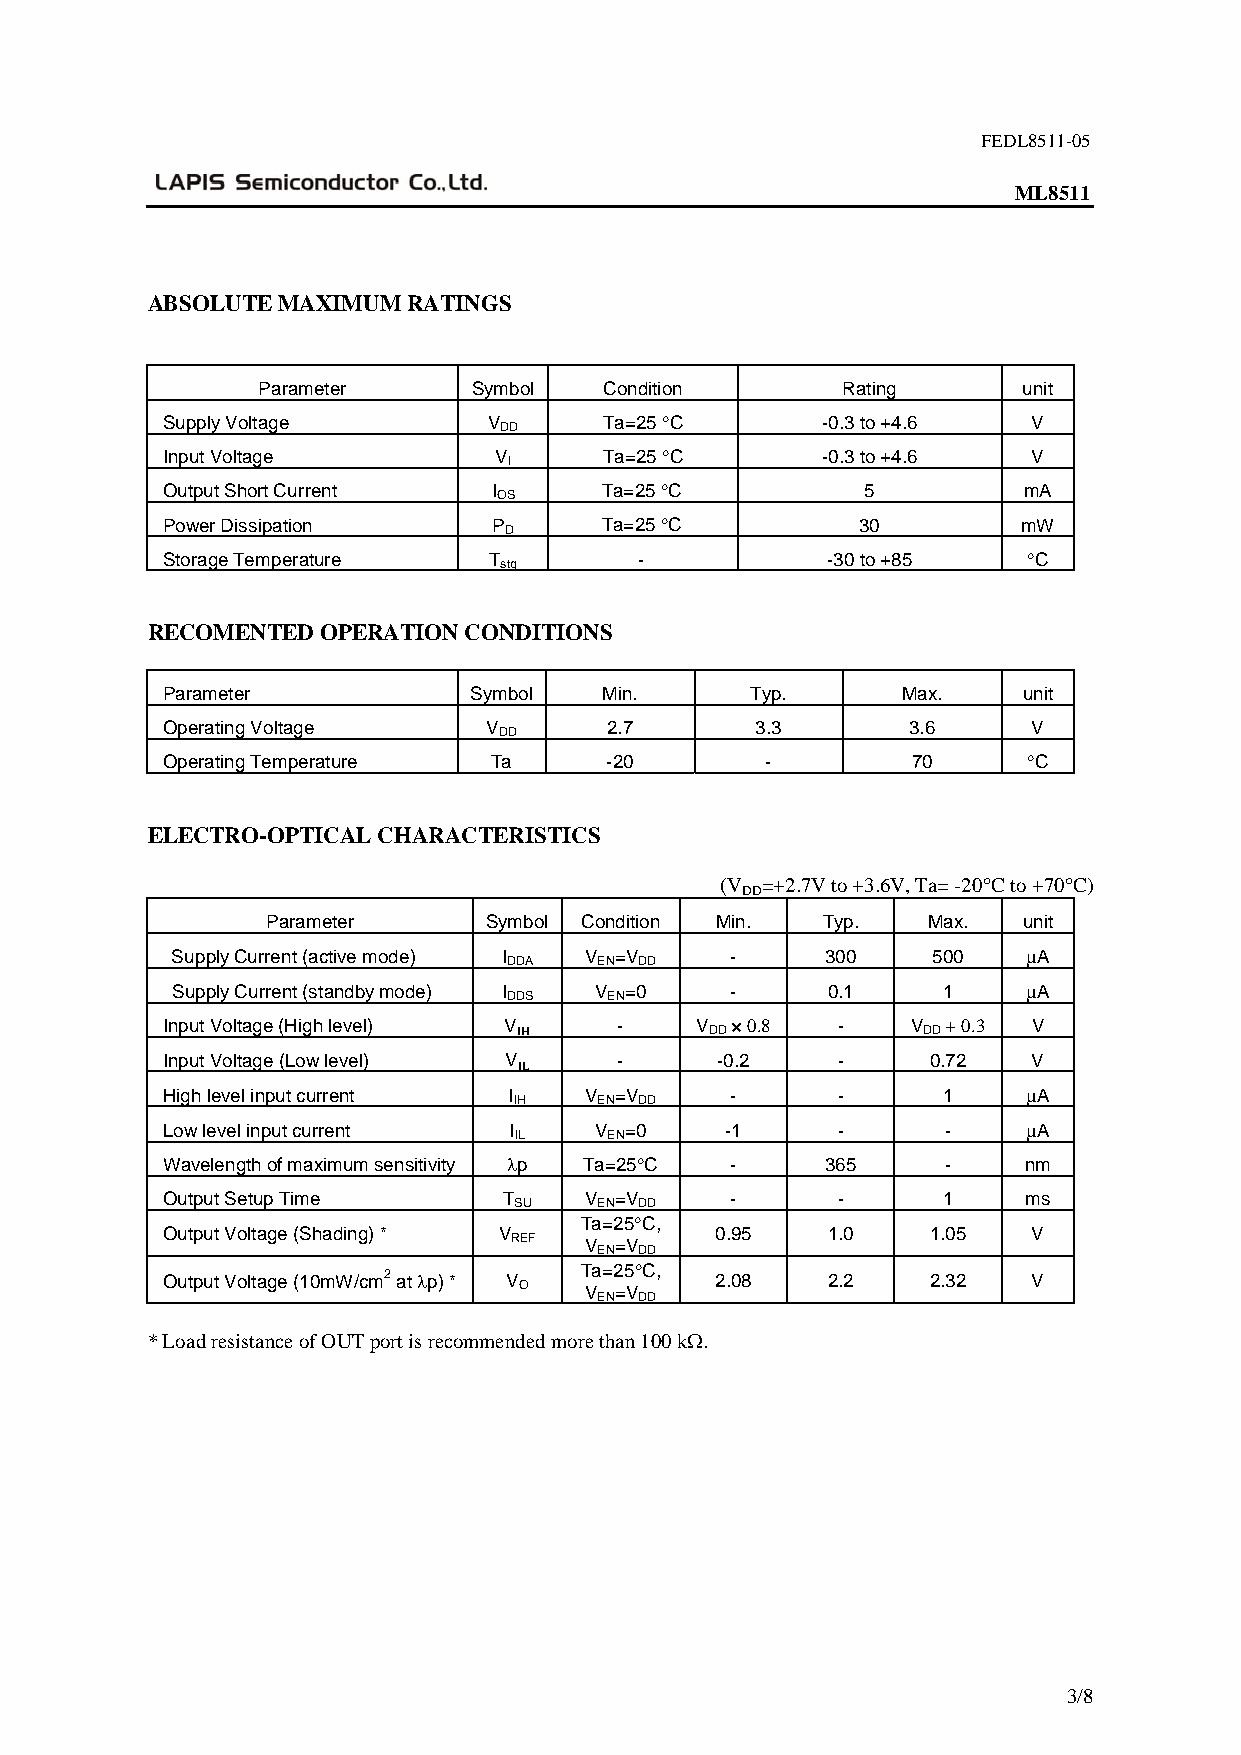
FEDL8511-05
 ML8511
 ABSOLUTE MAXIMUM RATINGS
 Parameter     Symbol   Condition       Rating      unit
 Supply Voltage       V       Ta=25 C      -0.3 to +4.6  V
 DD
 Input Voltage         V      Ta=25 C      -0.3 to +4.6  V
 I
 Output Short Current  I      Ta=25 C         5          mA
 OS
 Power Dissipation     P      Ta=25 C         30         mW
 D
 Storage Temperature  T         -            -30 to +85   C
 stg
 RECOMENTED OPERATION CONDITIONS
 Parameter           Symbol   Min.      Typ.      Max.    unit
 Operating Voltage    V       2.7       3.3       3.6     V
 DD
 Operating Temperature Ta     -20        -        70      C
 ELECTRO-OPTICAL CHARACTERISTICS
 (V =+2.7V to +3.6V, Ta= -20C to +70C)
 DD
 Parameter     Symbol Condition Min. Typ.   Max.   unit
 Supply Current (active mode) I V =V  -      300    500   A
 DDA   EN DD
 Supply Current (standby mode) I V =0 -      0.1    1     A
 DDS   EN
 Input Voltage (High level) V  -    V × 0.8  -    V  + 0.3 V
 IH           DD            DD
 Input Voltage (Low level) V   -     -0.2    -      0.72  V
 IL
 High level input current I V  =V     -      -      1     A
 IH    EN DD
 Low level input current I V   =0     -1     -       -    A
 IL    EN
 Wavelength of maximum sensitivity p Ta=25C - 365  -    nm
 Output Setup Time     T  V    =V     -      -      1     ms
 SU    EN DD
 Ta=25C,
 Output Voltage (Shading) * V        0.95    1.0   1.05   V
 REF  V =V
 EN DD
 Output Voltage (10mW/cm2 at p) * V Ta=25C, 2.08 2.2 2.32 V
 O    V =V
 EN DD
 * Load resistance of OUT port is recommended more than 100 k.
 3/8